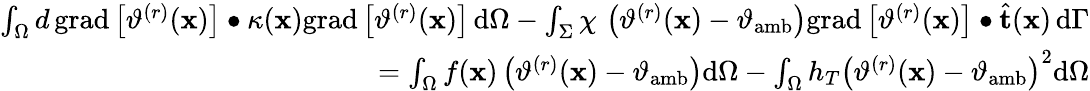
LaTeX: \begin{array}{r}{\int_{\Omega}d\, \mathrm{grad}\left[\vartheta^{(r)}(\mathbf{x})\right]\bullet\kappa(\mathbf{x})\mathrm{grad}\left[\vartheta^{(r)}(\mathbf{x})\right]\, \mathrm{d}\Omega-\int_{\Sigma}\chi\, \left(\vartheta^{(r)}(\mathbf{x})-\vartheta_{\mathrm{amb}}\right)\mathrm{grad}\left[\vartheta^{(r)}(\mathbf{x})\right]\bullet\widehat{\mathbf{t}}(\mathbf{x})\, \mathrm{d}\Gamma}\\ {=\int_{\Omega}f(\mathbf{x})\left(\vartheta^{(r)}(\mathbf{x})-\vartheta_{\mathrm{amb}}\right)\mathrm{d}\Omega-\int_{\Omega}h_{T}\left(\vartheta^{(r)}(\mathbf{x})-\vartheta_{\mathrm{amb}}\right)^{2}\mathrm{d}\Omega}\end{array}